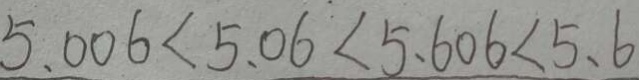
5 . 0 0 6 < 5 . 0 6 < 5 . 6 0 6 < 5 . 6